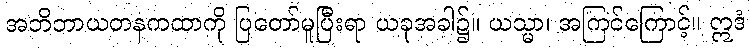
အဘိဘာယတနကထာကို ပြတော်မူပြီးရာ ယခုအခါ၌။ ယသ္မာ၊ အကြင်ကြောင့်။ ဣဒံ